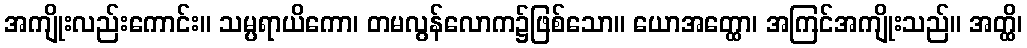
အကျိုးလည်းကောင်း။ သမ္ပရာယိကော၊ တမလွန်လောက၌ဖြစ်သော။ ယောအတ္ထော၊ အကြင်အကျိုးသည်။ အတ္ထိ၊